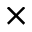
\times